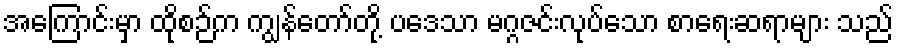
အကြောင်းမှာ ထိုစဉ်က ကျွန်တော်တို့ ပဒေသာ မဂ္ဂဇင်းလုပ်သော စာရေးဆရာများ သည်